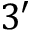
3 ^ { \prime }